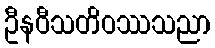
ဦနဝီသတိဝဿသညာ